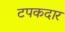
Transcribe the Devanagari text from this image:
टपकदार